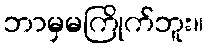
ဘာမှမကြိုက်ဘူး။